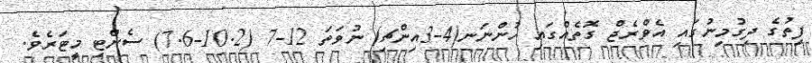
ފިތުގެ ދިގުމިނުގައި އެވްރެޖް ގޮތެއްގައި ހުންނަނ(4-3އިންޗި) ނުވަތަ 12-7 (10.2-7.6) ސެންޓި މީޓަރެވެ.